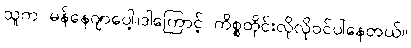
သူက မန်နေဂျာပေါ့။ဒါကြောင့် ကိစ္စတိုင်းလိုလိုဝင်ပါနေတယ်။